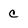
Character: c